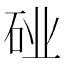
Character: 𬒆